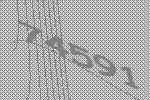
74591